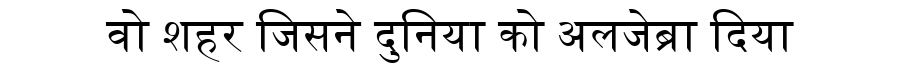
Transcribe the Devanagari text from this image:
वो शहर जिसने दुनिया को अलजेब्रा दिया